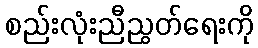
စည်းလုံးညီညွတ်ရေးကို